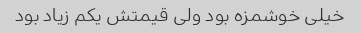
خیلی خوشمزه بود ولی قیمتش یکم زیاد بود